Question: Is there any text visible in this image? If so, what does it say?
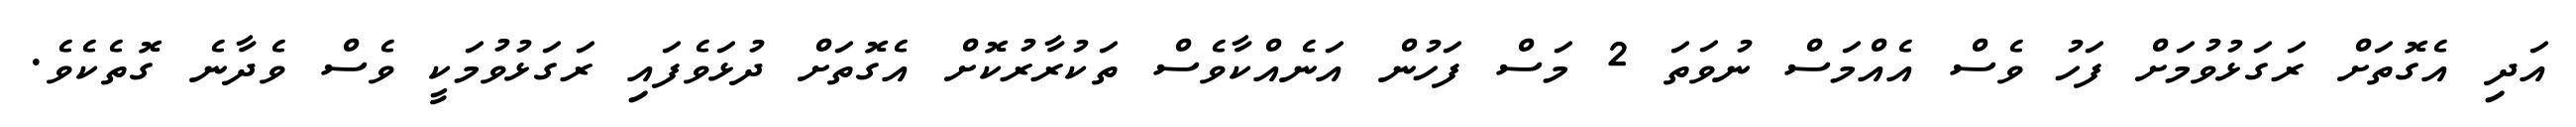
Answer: އަދި އެގޮތަށް ރަގަޅުވުމަށް ފަހު ވެސް އެއްމަސް ނުވަތަ 2 މަސް ފަހުން އަނެއްކާވެސް ތަކުރާރުކޮށް އެގޮތަށް ދުޅަވެފައި ރަގަޅުވުމަކީ ވެސް ވެދާނެ ގޮތެކެވެ.